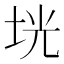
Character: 垙